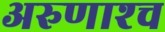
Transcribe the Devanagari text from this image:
अरुणाश्‍च